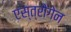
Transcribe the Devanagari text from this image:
एस्त्रोगेन